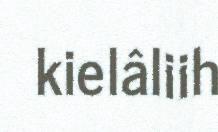
kielâliih